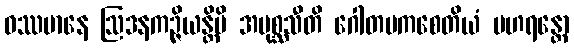
ဝဿမာနေ ဩဒနကဉ္ဇိယန္တိပိ အပုစ္ဆသီတိ ဂေါတမကစေတိယံ ပဟရန္တော